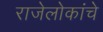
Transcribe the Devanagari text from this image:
राजेलोकांचे